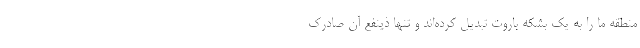
منطقه ما را به یک بشکه باروت تبدیل کرده‌اند و تنها ذینفع آن صادرک